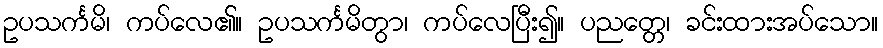
ဥပသင်္ကမိ၊ ကပ်လေ၏။ ဥပသင်္ကမိတွာ၊ ကပ်လေပြီး၍။ ပညတ္တေ၊ ခင်းထားအပ်သော။